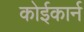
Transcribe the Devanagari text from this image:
कोईकार्न